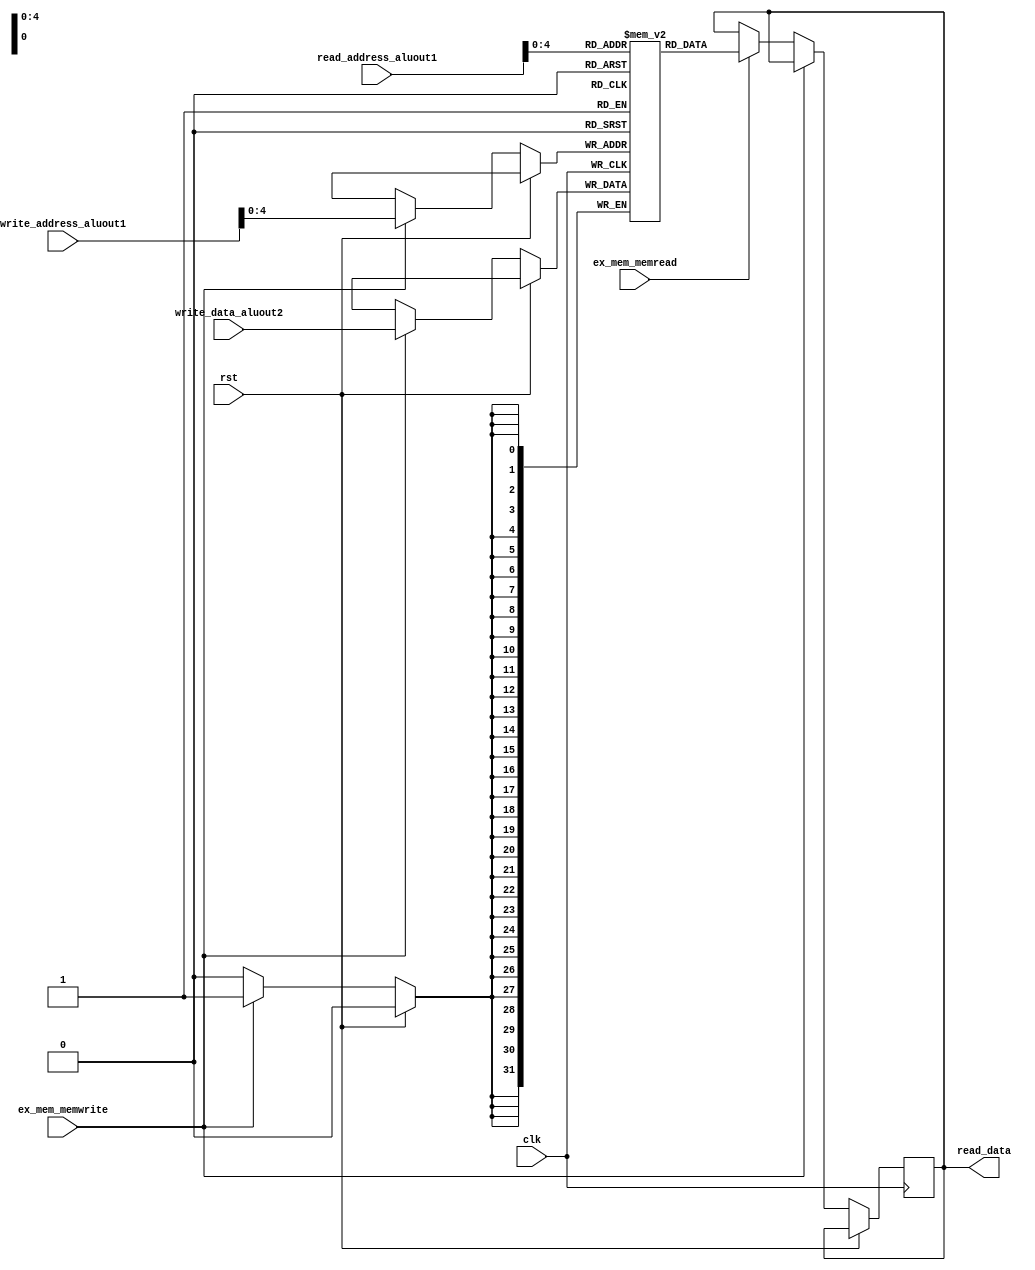
module datamemory(
input clk,
input rst,
input [31:0] read_address_aluout1, 
input [31:0] write_address_aluout1,
input [31:0] write_data_aluout2,
input ex_mem_memwrite, 
input ex_mem_memread,
output reg [31:0] read_data
);


reg [31:0]datamemory[0:31];

always @(posedge clk ) begin
    if(!rst) begin
        if(ex_mem_memwrite) begin
            datamemory[write_address_aluout1] <= write_data_aluout2;
        end
        
        else if(ex_mem_memread) begin
            read_data = datamemory[read_address_aluout1];
        end
    end
end

endmodule